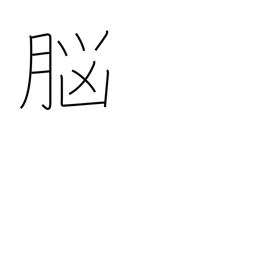
Meaning: brain